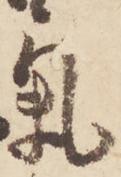
氣